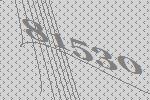
81530